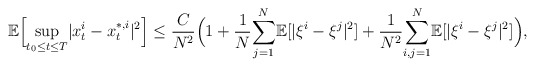
\begin{align*}\mathbb{E}\Big[\underset{t_0\leq t\leq T}{\sup}|x_t^i-x_t^{*,i}|^2\Big]\leq\frac{C}{N^2}\Big(1+\frac{1}{N}\underset{j=1}{\overset{N}\sum}\mathbb{E}[|\xi^i-\xi^j|^2]+\frac{1}{N^2}\underset{i,j=1}{\overset{N}{\sum}}\mathbb{E}[|\xi^{i}-\xi^{j}|^2]\Big),\end{align*}